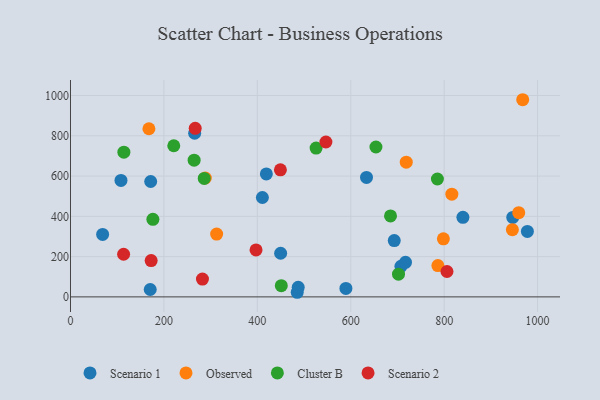
{"axis": {"x": "Study Hours", "y": "Yield"}, "legend": ["Cluster B", "Observed", "Scenario 1", "Scenario 2"], "data": [{"x": "419.3", "y": 610.9, "type": "Scenario 1"}, {"x": "171.7", "y": 573.0, "type": "Scenario 1"}, {"x": "449.9", "y": 216.6, "type": "Scenario 1"}, {"x": "265.8", "y": 812.6, "type": "Scenario 1"}, {"x": "589.6", "y": 42.2, "type": "Scenario 1"}, {"x": "170.7", "y": 36.7, "type": "Scenario 1"}, {"x": "707.4", "y": 152.0, "type": "Scenario 1"}, {"x": "108.1", "y": 578.5, "type": "Scenario 1"}, {"x": "946.8", "y": 394.8, "type": "Scenario 1"}, {"x": "978.1", "y": 325.0, "type": "Scenario 1"}, {"x": "717.2", "y": 171.7, "type": "Scenario 1"}, {"x": "68.8", "y": 310.4, "type": "Scenario 1"}, {"x": "485.4", "y": 22.9, "type": "Scenario 1"}, {"x": "410.8", "y": 493.7, "type": "Scenario 1"}, {"x": "840.1", "y": 395.2, "type": "Scenario 1"}, {"x": "693.1", "y": 279.6, "type": "Scenario 1"}, {"x": "633.7", "y": 593.4, "type": "Scenario 1"}, {"x": "487.5", "y": 47.5, "type": "Scenario 1"}, {"x": "718.8", "y": 669.1, "type": "Observed"}, {"x": "786.5", "y": 155.3, "type": "Observed"}, {"x": "968.1", "y": 979.2, "type": "Observed"}, {"x": "798.3", "y": 288.5, "type": "Observed"}, {"x": "167.9", "y": 835.0, "type": "Observed"}, {"x": "816.4", "y": 510.1, "type": "Observed"}, {"x": "959.6", "y": 418.3, "type": "Observed"}, {"x": "946.0", "y": 333.8, "type": "Observed"}, {"x": "312.9", "y": 311.9, "type": "Observed"}, {"x": "288.6", "y": 590.4, "type": "Observed"}, {"x": "702.2", "y": 112.9, "type": "Cluster B"}, {"x": "176.4", "y": 385.3, "type": "Cluster B"}, {"x": "653.9", "y": 744.3, "type": "Cluster B"}, {"x": "525.8", "y": 739.0, "type": "Cluster B"}, {"x": "451.3", "y": 55.7, "type": "Cluster B"}, {"x": "114.3", "y": 718.6, "type": "Cluster B"}, {"x": "286.3", "y": 588.5, "type": "Cluster B"}, {"x": "221.1", "y": 750.5, "type": "Cluster B"}, {"x": "785.5", "y": 585.6, "type": "Cluster B"}, {"x": "264.7", "y": 679.1, "type": "Cluster B"}, {"x": "685.1", "y": 401.9, "type": "Cluster B"}, {"x": "546.8", "y": 769.2, "type": "Scenario 2"}, {"x": "267.0", "y": 837.1, "type": "Scenario 2"}, {"x": "397.2", "y": 233.2, "type": "Scenario 2"}, {"x": "449.4", "y": 631.2, "type": "Scenario 2"}, {"x": "172.7", "y": 180.2, "type": "Scenario 2"}, {"x": "806.0", "y": 126.0, "type": "Scenario 2"}, {"x": "282.5", "y": 88.6, "type": "Scenario 2"}, {"x": "113.7", "y": 211.8, "type": "Scenario 2"}]}